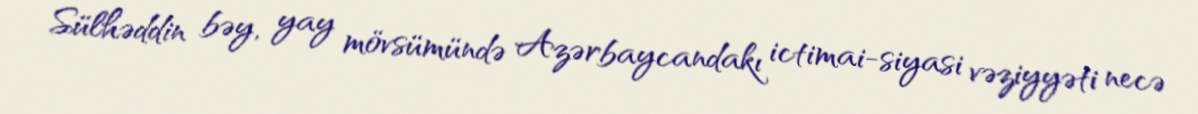
- Sülhəddin bəy, yay mövsümündə Azərbaycandakı ictimai-siyasi vəziyyəti necə